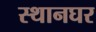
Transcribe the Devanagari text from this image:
स्थानघर